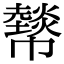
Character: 𢅮